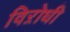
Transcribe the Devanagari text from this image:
विऱोधी